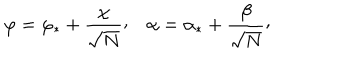
LaTeX: \varphi = \varphi _ { * } + { \frac { \chi } { \sqrt { N } } } \raise 2 p t \mathrm { , } \quad \alpha = \alpha _ { * } + { \frac { \beta } { \sqrt { N } } } \raise 2 p t \mathrm { , }